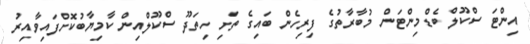
އިންޓަ ސްކޫލް ބެޑްމިންޓަން މުބާރާތުގެ ފިރިހެން ބައިގެ ތަށި ހިތަދޫ ސްކޫލްއިން ކާމިޔާބުކޮށްފައިވާއިރު